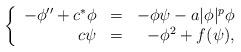
LaTeX: \begin{align*}\left\{ \begin{array}{rrrr}-\phi''+c^*\phi&=&-\phi\psi-a|\phi|^p\phi\\ c\psi&=&-\phi^2+f(\psi),\\ \end{array}\right.\end{align*}